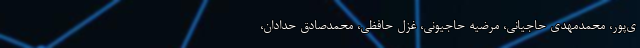
ی‌پور، محمدمهدی حاجیانی، مرضیه حاجیونی، غزل حافظی، محمدصادق حدادان،